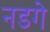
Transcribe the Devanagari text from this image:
नडगे